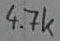
Text: 4.7k